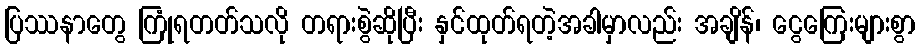
ပြဿနာတွေ ကြုံရတတ်သလို တရားစွဲဆိုပြီး နှင်ထုတ်ရတဲ့အခါမှာလည်း အချိန်၊ ငွေကြေးများစွာ